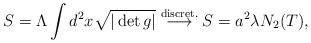
\begin{align*}S=\Lambda \int d^{2}x \sqrt{|\det g |}\stackrel{\rm discret.}{\longrightarrow}S=a^{2}\lambda N_{2}(T),\end{align*}